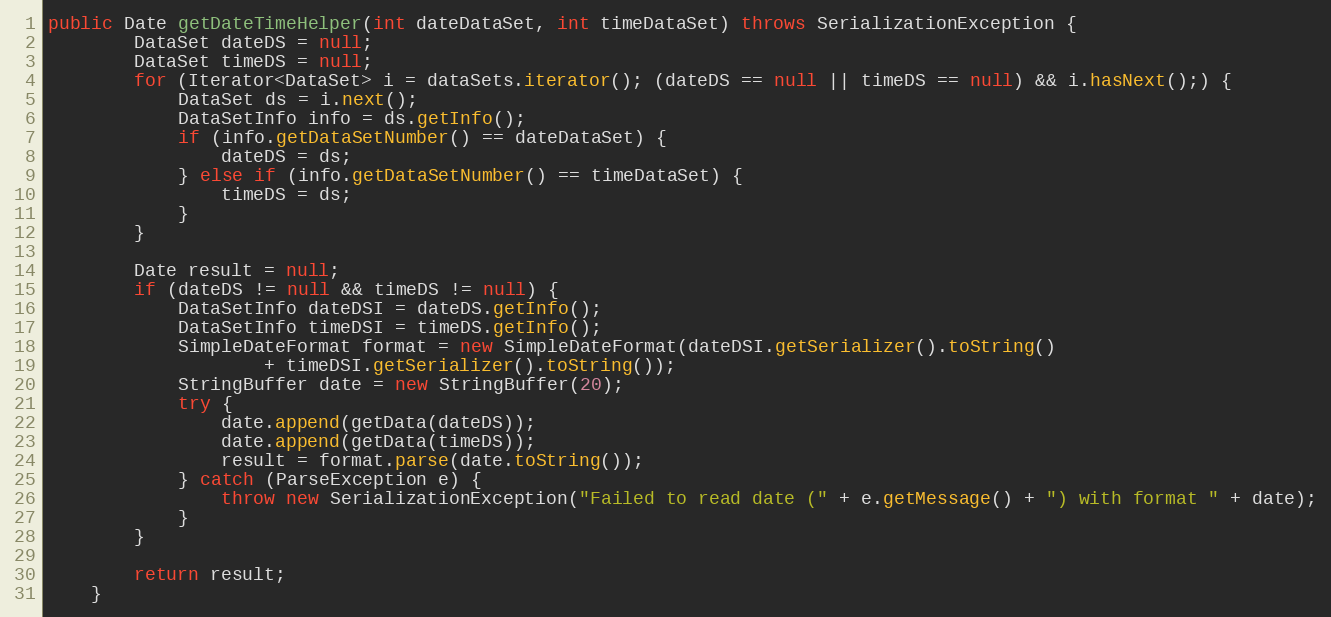
Language: Java
public Date getDateTimeHelper(int dateDataSet, int timeDataSet) throws SerializationException {
		DataSet dateDS = null;
		DataSet timeDS = null;
		for (Iterator<DataSet> i = dataSets.iterator(); (dateDS == null || timeDS == null) && i.hasNext();) {
			DataSet ds = i.next();
			DataSetInfo info = ds.getInfo();
			if (info.getDataSetNumber() == dateDataSet) {
				dateDS = ds;
			} else if (info.getDataSetNumber() == timeDataSet) {
				timeDS = ds;
			}
		}

		Date result = null;
		if (dateDS != null && timeDS != null) {
			DataSetInfo dateDSI = dateDS.getInfo();
			DataSetInfo timeDSI = timeDS.getInfo();
			SimpleDateFormat format = new SimpleDateFormat(dateDSI.getSerializer().toString()
					+ timeDSI.getSerializer().toString());
			StringBuffer date = new StringBuffer(20);
			try {
				date.append(getData(dateDS));
				date.append(getData(timeDS));
				result = format.parse(date.toString());
			} catch (ParseException e) {
				throw new SerializationException("Failed to read date (" + e.getMessage() + ") with format " + date);
			}
		}

		return result;
	}